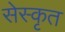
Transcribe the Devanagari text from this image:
सेस्कृत